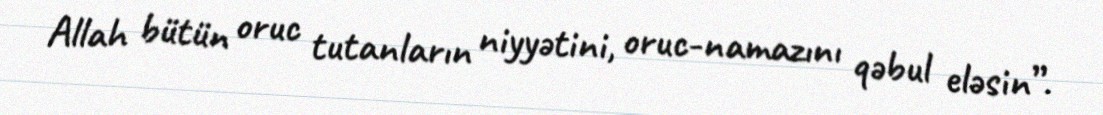
Allah bütün oruc tutanların niyyətini, oruc-namazını qəbul eləsin”.